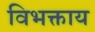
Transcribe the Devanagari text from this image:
विभक्ताय